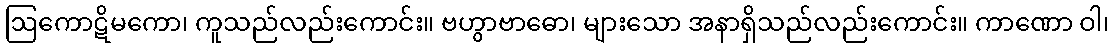
ဩကောဋိမကော၊ ကူသည်လည်းကောင်း။ ဗဟွာဗာဓော၊ များသော အနာရှိသည်လည်းကောင်း။ ကာဏော ဝါ၊